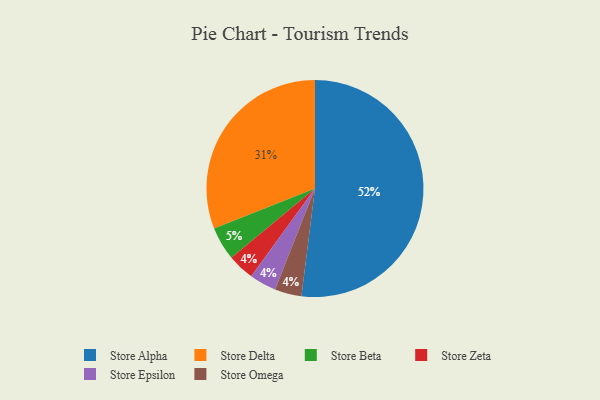
{"axis": {"x": "Category", "y": "Percentage"}, "legend": ["Store Alpha", "Store Beta", "Store Delta", "Store Epsilon", "Store Omega", "Store Zeta"], "data": [{"x": "Store Zeta", "y": 4, "type": "Store Zeta"}, {"x": "Store Beta", "y": 5, "type": "Store Beta"}, {"x": "Store Alpha", "y": 52, "type": "Store Alpha"}, {"x": "Store Delta", "y": 31, "type": "Store Delta"}, {"x": "Store Epsilon", "y": 4, "type": "Store Epsilon"}, {"x": "Store Omega", "y": 4, "type": "Store Omega"}]}